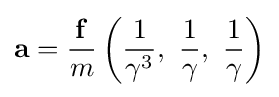
\mathbf {a} ={\frac {\mathbf {f} }{m}}\left({\frac {1}{\gamma ^{3}}},\ {\frac {1}{\gamma }},\ {\frac {1}{\gamma }}\right)